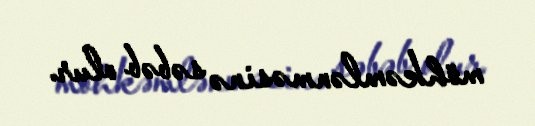
möhkəmlənməsinə səbəb olur.